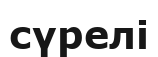
сүрелі